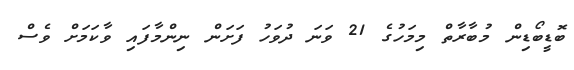
ބޮޑީބޯޑިން މުބާރާތް މިމަހުގެ 21 ވަނަ ދުވަހު ފަށަން ނިންމާފައި ވާކަމަށް ވެސް